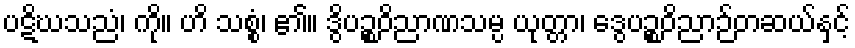
ပဋိဃသညံ၊ ကို။ ဟိ သစ္စံ၊ ၏။ ဒွိပဉ္စဝိညာဏသမ္ပ ယုတ္တာ၊ ဒွေပဉ္စဝိညာဉ်တဆယ်နှင့်